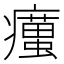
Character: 𤻹